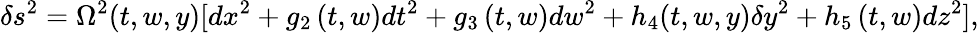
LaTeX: \delta s^{2}=\Omega^{2}(t,w,y)[dx^{2}+g_{2}\left(t,w\right)dt^{2}+g_{3}\left(t,w\right)dw^{2}+h_{4}(t,w,y)\delta y^{2}+h_{5}\left(t,w\right)dz^{2}],